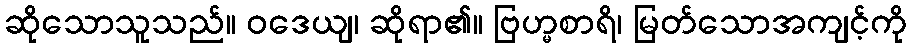
ဆိုသောသူသည်။ ဝဒေယျ၊ ဆိုရာ၏။ ဗြဟ္မစာရိ၊ မြတ်သောအကျင့်ကို